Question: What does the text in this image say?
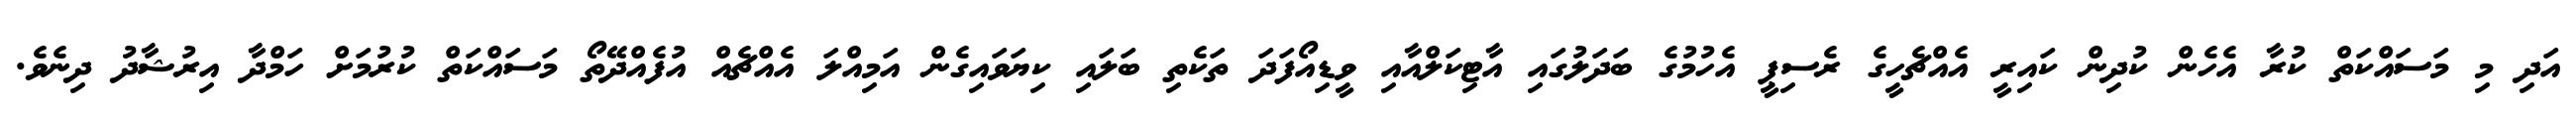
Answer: އަދި މި މަސައްކަތް ކުރާ އެހެން ކުދިން ކައިރީ އެއްޗެހީގެ ރެސިޕީ އެހުމުގެ ބަދަލުގައި އާޓިކަލްއާއި ވީޑިއޯފަދަ ތަކެތި ބަލައި ކިޔަވައިގެން އަމިއްލަ އެއްޗެއް އުފެއްދޭތޯ މަސައްކަތް ކުރުމަށް ހަމްދާ އިރުޝާދު ދިނެވެ.